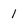
Character: l